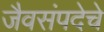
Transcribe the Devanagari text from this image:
जैवसंपदेचे